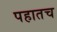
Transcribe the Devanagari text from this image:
पहातच